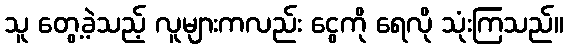
သူ တွေ့ခဲ့သည့် လူများကလည်း ငွေကို ရေလို သုံးကြသည်။